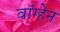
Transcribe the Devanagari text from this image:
वाॅग्हेन